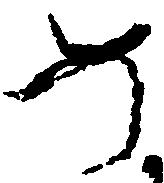
如